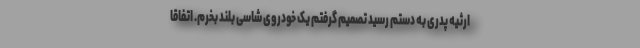
ارثیه پدری به دستم رسید تصمیم گرفتم یک خودروی شاسی بلند بخرم. اتفاقا